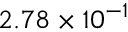
2 . 7 8 \times 1 0 ^ { - 1 }